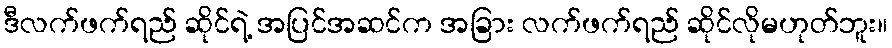
ဒီလက်ဖက်ရည် ဆိုင်ရဲ့ အပြင်အဆင်က အခြား လက်ဖက်ရည် ဆိုင်လိုမဟုတ်ဘူး။